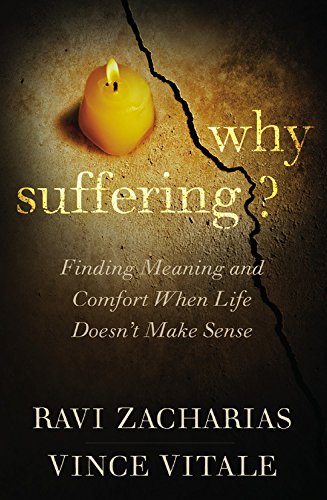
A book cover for Why Suffering?: Finding Meaning and Comfort When Life Doesn't Make Sense; Ravi Zacharias; Christian Books & Bibles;